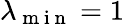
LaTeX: \lambda_{\mathrm{~m~i~n~}}=1